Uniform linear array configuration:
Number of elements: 12
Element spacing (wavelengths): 0.5
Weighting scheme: hann
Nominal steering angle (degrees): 30
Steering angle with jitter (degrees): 31.013
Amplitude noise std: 0.05
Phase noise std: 0.05

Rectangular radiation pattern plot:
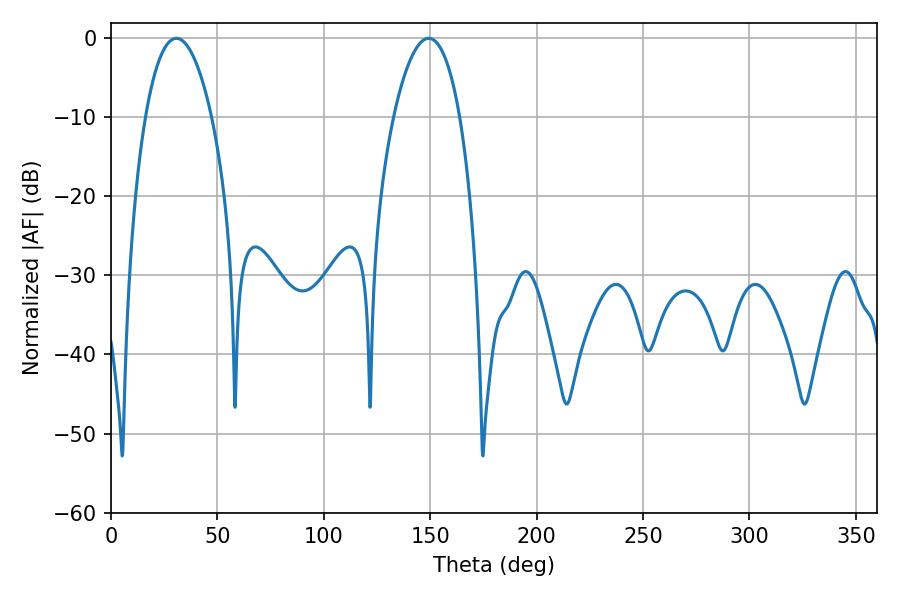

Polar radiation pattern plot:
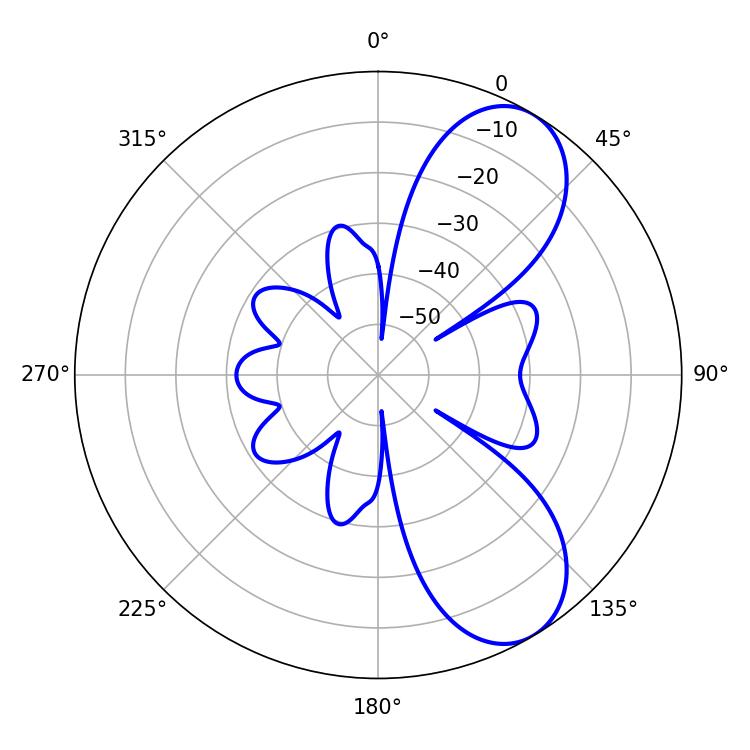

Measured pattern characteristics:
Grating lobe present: FALSE
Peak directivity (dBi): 7.799
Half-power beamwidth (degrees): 17.46
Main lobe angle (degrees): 30.78